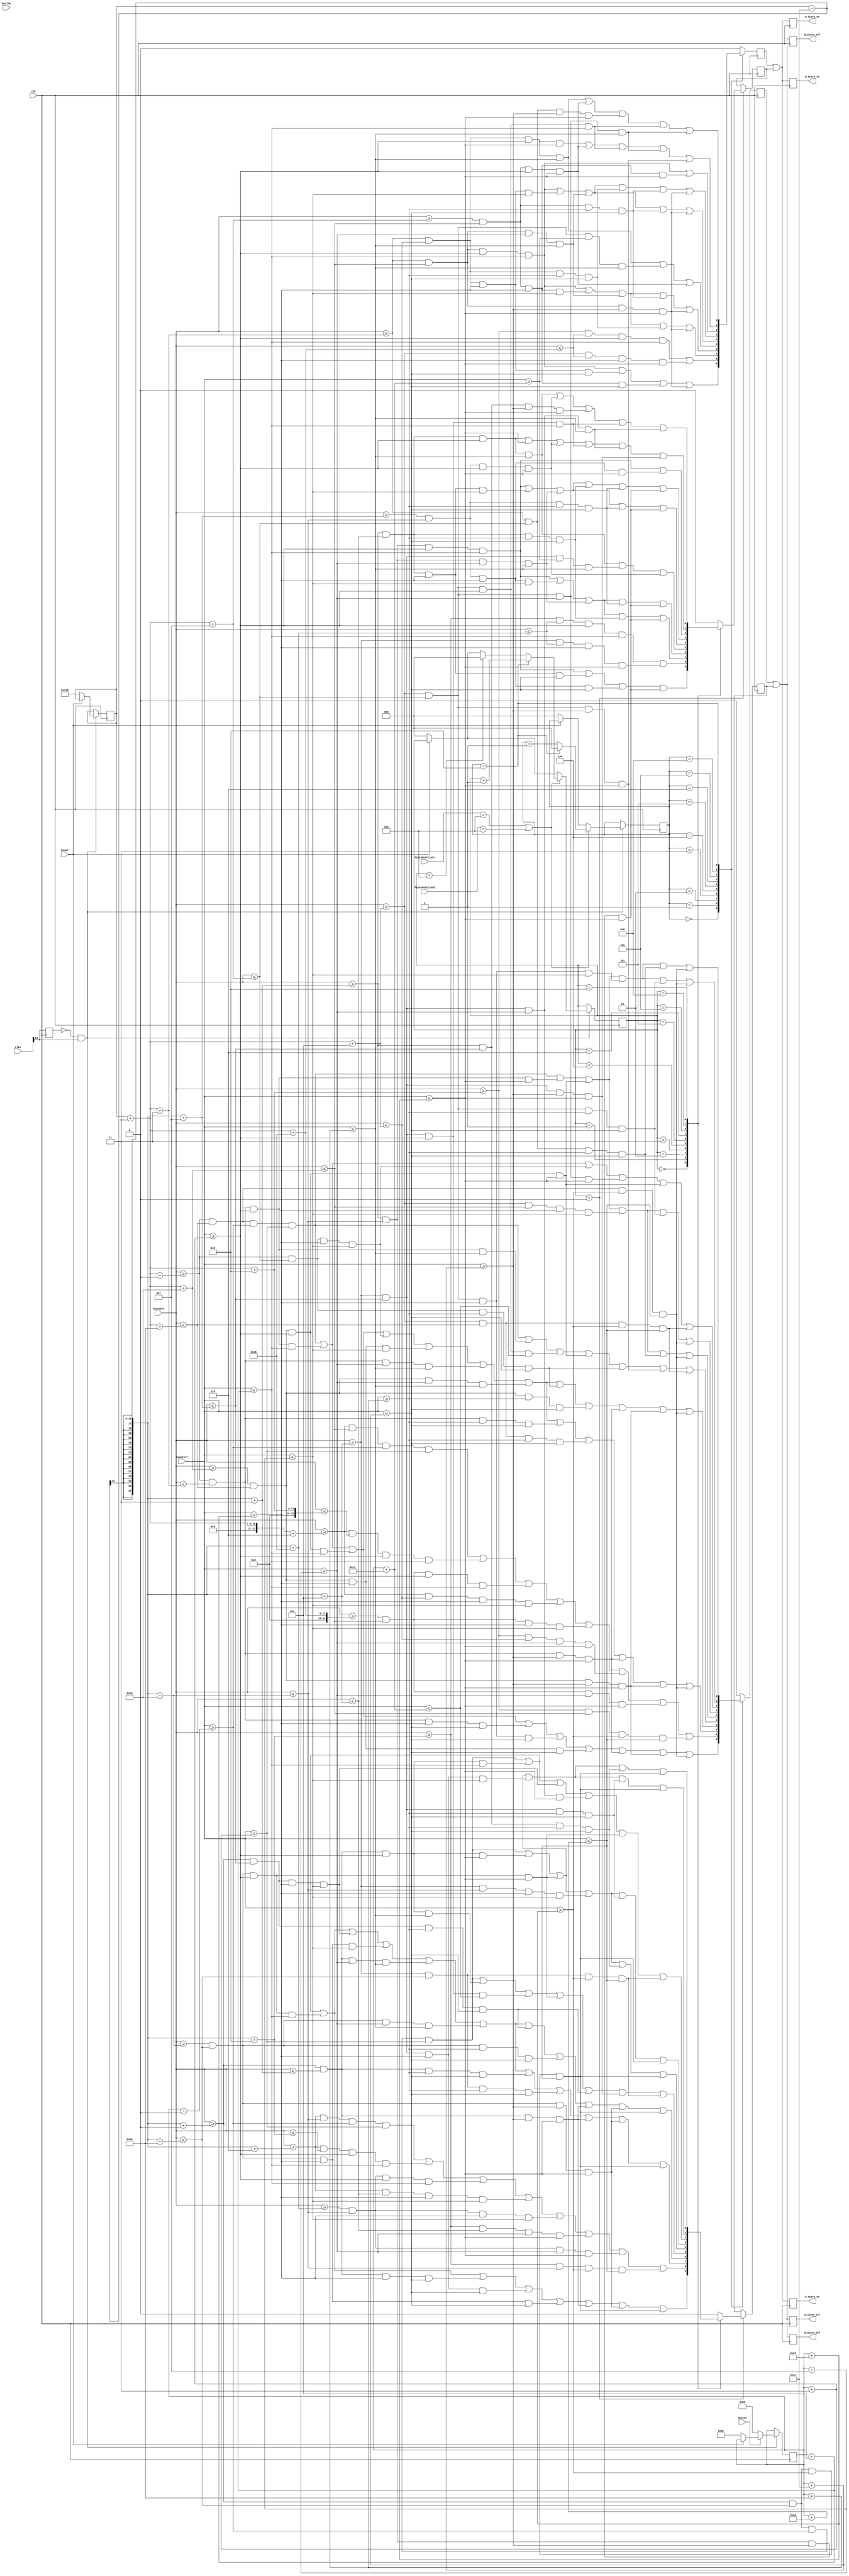

module DrawScore(
	input clk,
	input [24:0] Clks,
	input Reset,
	input [15:0] PipesPosition1,
	input [15:0] PipesPosition2,
	input [15:0] CounterX,
	input [15:0] CounterY,
	input Button,
	input Status,
	output reg R_Score_on,
	output reg G_Score_on,
	output reg B_Score_on,
	output reg R_Score_off,
	output reg G_Score_off,
	output reg B_Score_off
);
//////////////////////////////////////////////////////////////////////////////////
reg [15:0] ScorePositionX = 320;
reg [15:0] ScorePositionY = 50;

reg [3:0] Ten = 0;
reg [3:0] Unit = 0;

reg ZeroBlack,ZeroWhite,OneBlack,OneWhite,TwoBlack,TwoWhite,ThreeBlack,ThreeWhite,FourBlack,FourWhite,FiveBlack,FiveWhite,SixBlack,SixWhite,SevenBlack,SevenWhite,EightBlack,EightWhite,NineBlack,NineWhite;
reg ScoreWhiteUnit,ScoreBlackUnit,ScoreWhiteTen,ScoreBlackTen;


always @ (posedge clk) begin : score1
	reg old_clks16;
	old_clks16 <= Clks[16];

	if (~old_clks16 && Clks[16]) begin
		if (!Reset) begin
			ScorePositionX <= 320;
			ScorePositionY <= 50;
			Ten <= 0;
			Unit <= 0;
		end


		if (PipesPosition1 == 10 || PipesPosition2 == 10) begin
			if (Unit == 9) begin
				Ten <= Ten + 1'd1;
				Unit <= 0;
			end else if (Ten == 10) begin
				Ten <= 0; Unit <= Unit + 1'd1;
			end else Unit <= Unit + 1'd1;
		end

		if (Status == 0) ScorePositionY <= 185;
	end
end

always @ (posedge clk) begin

case (Unit)
0 : begin

ScoreBlackUnit <=
            (CounterX>=ScorePositionX+3+0*3) && (CounterX<=ScorePositionX+3+9*3) && (CounterY>=ScorePositionY+0*3) && (CounterY<=ScorePositionY+1*3)

||          (CounterX>=ScorePositionX+3+0*3) && (CounterX<=ScorePositionX+3+1*3) && (CounterY>=ScorePositionY+1*3) && (CounterY<=ScorePositionY+4*3)
||          (CounterX>=ScorePositionX+3+8*3) && (CounterX<=ScorePositionX+3+9*3) && (CounterY>=ScorePositionY+1*3) && (CounterY<=ScorePositionY+4*3)

||          (CounterX>=ScorePositionX+3+0*3) && (CounterX<=ScorePositionX+3+1*3) && (CounterY>=ScorePositionY+4*3) && (CounterY<=ScorePositionY+10*3)
||          (CounterX>=ScorePositionX+3+4*3) && (CounterX<=ScorePositionX+3+5*3) && (CounterY>=ScorePositionY+4*3) && (CounterY<=ScorePositionY+10*3)
||          (CounterX>=ScorePositionX+3+8*3) && (CounterX<=ScorePositionX+3+9*3) && (CounterY>=ScorePositionY+4*3) && (CounterY<=ScorePositionY+10*3)

||          (CounterX>=ScorePositionX+3+0*3) && (CounterX<=ScorePositionX+3+1*3) && (CounterY>=ScorePositionY+10*3) && (CounterY<=ScorePositionY+13*3)
||          (CounterX>=ScorePositionX+3+8*3) && (CounterX<=ScorePositionX+3+9*3) && (CounterY>=ScorePositionY+10*3) && (CounterY<=ScorePositionY+13*3)

||          (CounterX>=ScorePositionX+3+0*3) && (CounterX<=ScorePositionX+3+9*3) && (CounterY>=ScorePositionY+13*3) && (CounterY<=ScorePositionY+14*3);

ScoreWhiteUnit <=
       (CounterX>=ScorePositionX+3+1*3) && (CounterX<=ScorePositionX+3+8*3) && (CounterY>=ScorePositionY+1*3)  && (CounterY<=ScorePositionY+4*3)

||     (CounterX>=ScorePositionX+3+1*3) && (CounterX<=ScorePositionX+3+4*3) && (CounterY>=ScorePositionY+4*3)  && (CounterY<=ScorePositionY+10*3)
||     (CounterX>=ScorePositionX+3+(5*3)) && (CounterX<=ScorePositionX+3+(8*3)) && (CounterY>=ScorePositionY+(4*3))  && (CounterY<=ScorePositionY+(10*3))

||     (CounterX>=ScorePositionX+3+(1*3)) && (CounterX<=ScorePositionX+3+(8*3)) && (CounterY>=ScorePositionY+(10*3)) && (CounterY<=ScorePositionY+(13*3));

end
1 : begin

ScoreBlackUnit <= (CounterX>=ScorePositionX+3+2*3) && (CounterX<=ScorePositionX+3+8*3) && (CounterY>=ScorePositionY+0*3) && (CounterY<=ScorePositionY+1*3)

||          (CounterX>=ScorePositionX+3+2*3) && (CounterX<=ScorePositionX+3+3*3) && (CounterY>=ScorePositionY+1*3) && (CounterY<=ScorePositionY+4*3)
||          (CounterX>=ScorePositionX+3+7*3) && (CounterX<=ScorePositionX+3+8*3) && (CounterY>=ScorePositionY+1*3) && (CounterY<=ScorePositionY+4*3)

||          (CounterX>=ScorePositionX+3+2*3) && (CounterX<=ScorePositionX+3+4*3) && (CounterY>=ScorePositionY+4*3) && (CounterY<=ScorePositionY+5*3)
||          (CounterX>=ScorePositionX+3+7*3) && (CounterX<=ScorePositionX+3+8*3) && (CounterY>=ScorePositionY+4*3) && (CounterY<=ScorePositionY+5*3)

||          (CounterX>=ScorePositionX+3+3*3) && (CounterX<=ScorePositionX+3+4*3) && (CounterY>=ScorePositionY+5*3) && (CounterY<=ScorePositionY+13*3)
||          (CounterX>=ScorePositionX+3+7*3) && (CounterX<=ScorePositionX+3+8*3) && (CounterY>=ScorePositionY+5*3) && (CounterY<=ScorePositionY+13*3)

||	    (CounterX>=ScorePositionX+3+3*3) && (CounterX<=ScorePositionX+3+8*3) && (CounterY>=ScorePositionY+13*3) && (CounterY<=ScorePositionY+14*3);

ScoreWhiteUnit <=  (CounterX>=ScorePositionX+3+3*3) && (CounterX<=ScorePositionX+3+7*3) && (CounterY>=ScorePositionY+1*3) && (CounterY<=ScorePositionY+4*3)

||	    (CounterX>=ScorePositionX+3+4*3) && (CounterX<=ScorePositionX+3+7*3) && (CounterY>=ScorePositionY+4*3) && (CounterY<=ScorePositionY+13*3);

end
2 : begin
ScoreBlackUnit <= (CounterX>=ScorePositionX+3+0*3) && (CounterX<=ScorePositionX+3+9*3) && (CounterY>=ScorePositionY+0*3) && (CounterY<=ScorePositionY+1*3)

||          (CounterX>=ScorePositionX+3+0*3) && (CounterX<=ScorePositionX+3+1*3) && (CounterY>=ScorePositionY+1*3) && (CounterY<=ScorePositionY+4*3)
||          (CounterX>=ScorePositionX+3+8*3) && (CounterX<=ScorePositionX+3+9*3) && (CounterY>=ScorePositionY+1*3) && (CounterY<=ScorePositionY+4*3)

||          (CounterX>=ScorePositionX+3+0*3) && (CounterX<=ScorePositionX+3+5*3) && (CounterY>=ScorePositionY+4*3) && (CounterY<=ScorePositionY+5*3)
||          (CounterX>=ScorePositionX+3+8*3) && (CounterX<=ScorePositionX+3+9*3) && (CounterY>=ScorePositionY+4*3) && (CounterY<=ScorePositionY+5*3)

||          (CounterX>=ScorePositionX+3+0*3) && (CounterX<=ScorePositionX+3+1*3) && (CounterY>=ScorePositionY+5*3) && (CounterY<=ScorePositionY+9*3)
||          (CounterX>=ScorePositionX+3+8*3) && (CounterX<=ScorePositionX+3+9*3) && (CounterY>=ScorePositionY+5*3) && (CounterY<=ScorePositionY+9*3)

||          (CounterX>=ScorePositionX+3+0*3) && (CounterX<=ScorePositionX+3+1*3) && (CounterY>=ScorePositionY+9*3) && (CounterY<=ScorePositionY+10*3)
||          (CounterX>=ScorePositionX+3+4*3) && (CounterX<=ScorePositionX+3+9*3) && (CounterY>=ScorePositionY+9*3) && (CounterY<=ScorePositionY+10*3)

||          (CounterX>=ScorePositionX+3+0*3) && (CounterX<=ScorePositionX+3+1*3) && (CounterY>=ScorePositionY+10*3) && (CounterY<=ScorePositionY+13*3)
||          (CounterX>=ScorePositionX+3+8*3) && (CounterX<=ScorePositionX+3+9*3) && (CounterY>=ScorePositionY+10*3) && (CounterY<=ScorePositionY+13*3)

||	    (CounterX>=ScorePositionX+3+0*3) && (CounterX<=ScorePositionX+3+9*3) && (CounterY>=ScorePositionY+13*3) && (CounterY<=ScorePositionY+14*3);


ScoreWhiteUnit <= (CounterX>=ScorePositionX+3+1*3) && (CounterX<=ScorePositionX+3+8*3) && (CounterY>=ScorePositionY+1*3) && (CounterY<=ScorePositionY+4*3)

||          (CounterX>=ScorePositionX+3+5*3) && (CounterX<=ScorePositionX+3+8*3) && (CounterY>=ScorePositionY+4*3) && (CounterY<=ScorePositionY+5*3)

||          (CounterX>=ScorePositionX+3+1*3) && (CounterX<=ScorePositionX+3+8*3) && (CounterY>=ScorePositionY+5*3) && (CounterY<=ScorePositionY+9*3)

||          (CounterX>=ScorePositionX+3+1*3) && (CounterX<=ScorePositionX+3+4*3) && (CounterY>=ScorePositionY+9*3) && (CounterY<=ScorePositionY+10*3)

||          (CounterX>=ScorePositionX+3+1*3) && (CounterX<=ScorePositionX+3+8*3) && (CounterY>=ScorePositionY+10*3) && (CounterY<=ScorePositionY+13*3);
end
3 : begin
ScoreBlackUnit <= (CounterX>=ScorePositionX+3+0*3) && (CounterX<=ScorePositionX+3+9*3) && (CounterY>=ScorePositionY+0*3) && (CounterY<=ScorePositionY+1*3)

||          (CounterX>=ScorePositionX+3+0*3) && (CounterX<=ScorePositionX+3+1*3) && (CounterY>=ScorePositionY+1*3) && (CounterY<=ScorePositionY+4*3)
||          (CounterX>=ScorePositionX+3+8*3) && (CounterX<=ScorePositionX+3+9*3) && (CounterY>=ScorePositionY+1*3) && (CounterY<=ScorePositionY+4*3)

||          (CounterX>=ScorePositionX+3+0*3) && (CounterX<=ScorePositionX+3+5*3) && (CounterY>=ScorePositionY+4*3) && (CounterY<=ScorePositionY+5*3)
||          (CounterX>=ScorePositionX+3+8*3) && (CounterX<=ScorePositionX+3+9*3) && (CounterY>=ScorePositionY+4*3) && (CounterY<=ScorePositionY+5*3)

||          (CounterX>=ScorePositionX+3+0*3) && (CounterX<=ScorePositionX+3+1*3) && (CounterY>=ScorePositionY+5*3) && (CounterY<=ScorePositionY+9*3)
||          (CounterX>=ScorePositionX+3+8*3) && (CounterX<=ScorePositionX+3+9*3) && (CounterY>=ScorePositionY+5*3) && (CounterY<=ScorePositionY+9*3)

||          (CounterX>=ScorePositionX+3+0*3) && (CounterX<=ScorePositionX+3+5*3) && (CounterY>=ScorePositionY+9*3) && (CounterY<=ScorePositionY+10*3)
||          (CounterX>=ScorePositionX+3+8*3) && (CounterX<=ScorePositionX+3+9*3) && (CounterY>=ScorePositionY+9*3) && (CounterY<=ScorePositionY+10*3)

||          (CounterX>=ScorePositionX+3+0*3) && (CounterX<=ScorePositionX+3+1*3) && (CounterY>=ScorePositionY+10*3) && (CounterY<=ScorePositionY+13*3)
||          (CounterX>=ScorePositionX+3+8*3) && (CounterX<=ScorePositionX+3+9*3) && (CounterY>=ScorePositionY+10*3) && (CounterY<=ScorePositionY+13*3)

||	    (CounterX>=ScorePositionX+3+0*3) && (CounterX<=ScorePositionX+3+9*3) && (CounterY>=ScorePositionY+13*3) && (CounterY<=ScorePositionY+14*3);


ScoreWhiteUnit <= (CounterX>=ScorePositionX+3+1*3) && (CounterX<=ScorePositionX+3+8*3) && (CounterY>=ScorePositionY+1*3) && (CounterY<=ScorePositionY+4*3)

||          (CounterX>=ScorePositionX+3+5*3) && (CounterX<=ScorePositionX+3+8*3) && (CounterY>=ScorePositionY+4*3) && (CounterY<=ScorePositionY+5*3)

||          (CounterX>=ScorePositionX+3+1*3) && (CounterX<=ScorePositionX+3+8*3) && (CounterY>=ScorePositionY+5*3) && (CounterY<=ScorePositionY+9*3)

||          (CounterX>=ScorePositionX+3+5*3) && (CounterX<=ScorePositionX+3+8*3) && (CounterY>=ScorePositionY+9*3) && (CounterY<=ScorePositionY+10*3)

||          (CounterX>=ScorePositionX+3+1*3) && (CounterX<=ScorePositionX+3+8*3) && (CounterY>=ScorePositionY+10*3) && (CounterY<=ScorePositionY+13*3);

////////////////////////////////////
end
4 : begin
ScoreBlackUnit <= (CounterX>=ScorePositionX+3+0*3) && (CounterX<=ScorePositionX+3+9*3) && (CounterY>=ScorePositionY+0*3) && (CounterY<=ScorePositionY+1*3)

||          (CounterX>=ScorePositionX+3+0*3) && (CounterX<=ScorePositionX+3+1*3) && (CounterY>=ScorePositionY+1*3) && (CounterY<=ScorePositionY+9*3)
||          (CounterX>=ScorePositionX+3+4*3) && (CounterX<=ScorePositionX+3+5*3) && (CounterY>=ScorePositionY+1*3) && (CounterY<=ScorePositionY+6*3)
||          (CounterX>=ScorePositionX+3+8*3) && (CounterX<=ScorePositionX+3+9*3) && (CounterY>=ScorePositionY+1*3) && (CounterY<=ScorePositionY+13*3)

||          (CounterX>=ScorePositionX+3+0*3) && (CounterX<=ScorePositionX+3+5*3) && (CounterY>=ScorePositionY+9*3) && (CounterY<=ScorePositionY+10*3)

||          (CounterX>=ScorePositionX+3+4*3) && (CounterX<=ScorePositionX+3+5*3) && (CounterY>=ScorePositionY+10*3) && (CounterY<=ScorePositionY+13*3)

||	    (CounterX>=ScorePositionX+3+4*3) && (CounterX<=ScorePositionX+3+9*3) && (CounterY>=ScorePositionY+13*3) && (CounterY<=ScorePositionY+14*3);


ScoreWhiteUnit <= (CounterX>=ScorePositionX+3+1*3) && (CounterX<=ScorePositionX+3+4*3) && (CounterY>=ScorePositionY+1*3) && (CounterY<=ScorePositionY+9*3)

||          (CounterX>=ScorePositionX+3+4*3) && (CounterX<=ScorePositionX+3+5*3) && (CounterY>=ScorePositionY+6*3) && (CounterY<=ScorePositionY+9*3)

||          (CounterX>=ScorePositionX+3+5*3) && (CounterX<=ScorePositionX+3+8*3) && (CounterY>=ScorePositionY+1*3) && (CounterY<=ScorePositionY+13*3);

////////////////////////////////////////
end
5 : begin
ScoreBlackUnit <= (CounterX>=ScorePositionX+3+0*3) && (CounterX<=ScorePositionX+3+9*3) && (CounterY>=ScorePositionY+0*3) && (CounterY<=ScorePositionY+1*3)
||          (CounterX>=ScorePositionX+3+0*3) && (CounterX<=ScorePositionX+3+1*3) && (CounterY>=ScorePositionY+1*3) && (CounterY<=ScorePositionY+13*3)
||          (CounterX>=ScorePositionX+3+8*3) && (CounterX<=ScorePositionX+3+9*3) && (CounterY>=ScorePositionY+1*3) && (CounterY<=ScorePositionY+13*3)
||          (CounterX>=ScorePositionX+3+4*3) && (CounterX<=ScorePositionX+3+8*3) && (CounterY>=ScorePositionY+4*3) && (CounterY<=ScorePositionY+5*3)
||          (CounterX>=ScorePositionX+3+1*3) && (CounterX<=ScorePositionX+3+5*3) && (CounterY>=ScorePositionY+9*3) && (CounterY<=ScorePositionY+10*3)
||	    (CounterX>=ScorePositionX+3+0*3) && (CounterX<=ScorePositionX+3+9*3) && (CounterY>=ScorePositionY+13*3) && (CounterY<=ScorePositionY+14*3);
ScoreWhiteUnit <= (CounterX>=ScorePositionX+3+1*3) && (CounterX<=ScorePositionX+3+8*3) && (CounterY>=ScorePositionY+1*3) && (CounterY<=ScorePositionY+4*3)
||          (CounterX>=ScorePositionX+3+1*3) && (CounterX<=ScorePositionX+3+4*3) && (CounterY>=ScorePositionY+4*3) && (CounterY<=ScorePositionY+5*3)
||          (CounterX>=ScorePositionX+3+1*3) && (CounterX<=ScorePositionX+3+8*3) && (CounterY>=ScorePositionY+5*3) && (CounterY<=ScorePositionY+9*3)
||          (CounterX>=ScorePositionX+3+5*3) && (CounterX<=ScorePositionX+3+8*3) && (CounterY>=ScorePositionY+9*3) && (CounterY<=ScorePositionY+10*3)
||          (CounterX>=ScorePositionX+3+1*3) && (CounterX<=ScorePositionX+3+8*3) && (CounterY>=ScorePositionY+10*3) && (CounterY<=ScorePositionY+13*3);
end
6 : begin
ScoreBlackUnit <= (CounterX>=ScorePositionX+3+0*3) && (CounterX<=ScorePositionX+3+9*3) && (CounterY>=ScorePositionY+0*3) && (CounterY<=ScorePositionY+1*3)
||          (CounterX>=ScorePositionX+3+0*3) && (CounterX<=ScorePositionX+3+1*3) && (CounterY>=ScorePositionY+1*3) && (CounterY<=ScorePositionY+13*3)
||          (CounterX>=ScorePositionX+3+8*3) && (CounterX<=ScorePositionX+3+9*3) && (CounterY>=ScorePositionY+1*3) && (CounterY<=ScorePositionY+13*3)
||          (CounterX>=ScorePositionX+3+4*3) && (CounterX<=ScorePositionX+3+8*3) && (CounterY>=ScorePositionY+4*3) && (CounterY<=ScorePositionY+5*3)
||          (CounterX>=ScorePositionX+3+4*3) && (CounterX<=ScorePositionX+3+5*3) && (CounterY>=ScorePositionY+9*3) && (CounterY<=ScorePositionY+10*3)
||	    (CounterX>=ScorePositionX+3+0*3) && (CounterX<=ScorePositionX+3+9*3) && (CounterY>=ScorePositionY+13*3) && (CounterY<=ScorePositionY+14*3);
ScoreWhiteUnit <= (CounterX>=ScorePositionX+3+1*3) && (CounterX<=ScorePositionX+3+8*3) && (CounterY>=ScorePositionY+1*3) && (CounterY<=ScorePositionY+4*3)
||          (CounterX>=ScorePositionX+3+1*3) && (CounterX<=ScorePositionX+3+4*3) && (CounterY>=ScorePositionY+4*3) && (CounterY<=ScorePositionY+5*3)
||          (CounterX>=ScorePositionX+3+1*3) && (CounterX<=ScorePositionX+3+8*3) && (CounterY>=ScorePositionY+5*3) && (CounterY<=ScorePositionY+9*3)
||          (CounterX>=ScorePositionX+3+1*3) && (CounterX<=ScorePositionX+3+4*3) && (CounterY>=ScorePositionY+9*3) && (CounterY<=ScorePositionY+10*3)
||          (CounterX>=ScorePositionX+3+5*3) && (CounterX<=ScorePositionX+3+8*3) && (CounterY>=ScorePositionY+9*3) && (CounterY<=ScorePositionY+10*3)
||          (CounterX>=ScorePositionX+3+1*3) && (CounterX<=ScorePositionX+3+8*3) && (CounterY>=ScorePositionY+10*3) && (CounterY<=ScorePositionY+13*3);
end
7 : begin
ScoreBlackUnit <= (CounterX>=ScorePositionX+3+0*3) && (CounterX<=ScorePositionX+3+9*3) && (CounterY>=ScorePositionY+0*3) && (CounterY<=ScorePositionY+1*3)
||          (CounterX>=ScorePositionX+3+0*3) && (CounterX<=ScorePositionX+3+1*3) && (CounterY>=ScorePositionY+1*3) && (CounterY<=ScorePositionY+4*3)
||          (CounterX>=ScorePositionX+3+0*3) && (CounterX<=ScorePositionX+3+5*3) && (CounterY>=ScorePositionY+4*3) && (CounterY<=ScorePositionY+5*3)
||          (CounterX>=ScorePositionX+3+4*3) && (CounterX<=ScorePositionX+3+5*3) && (CounterY>=ScorePositionY+5*3) && (CounterY<=ScorePositionY+13*3)
||          (CounterX>=ScorePositionX+3+8*3) && (CounterX<=ScorePositionX+3+9*3) && (CounterY>=ScorePositionY+1*3) && (CounterY<=ScorePositionY+13*3)
||	    (CounterX>=ScorePositionX+3+4*3) && (CounterX<=ScorePositionX+3+9*3) && (CounterY>=ScorePositionY+13*3) && (CounterY<=ScorePositionY+14*3);
ScoreWhiteUnit <= (CounterX>=ScorePositionX+3+1*3) && (CounterX<=ScorePositionX+3+8*3) && (CounterY>=ScorePositionY+1*3) && (CounterY<=ScorePositionY+4*3)
||          (CounterX>=ScorePositionX+3+5*3) && (CounterX<=ScorePositionX+3+8*3) && (CounterY>=ScorePositionY+4*3) && (CounterY<=ScorePositionY+13*3);
end
8 : begin
ScoreBlackUnit <= (CounterX>=ScorePositionX+3+0*3) && (CounterX<=ScorePositionX+3+9*3) && (CounterY>=ScorePositionY+0*3) && (CounterY<=ScorePositionY+1*3)
||          (CounterX>=ScorePositionX+3+0*3) && (CounterX<=ScorePositionX+3+1*3) && (CounterY>=ScorePositionY+1*3) && (CounterY<=ScorePositionY+13*3)
||          (CounterX>=ScorePositionX+3+8*3) && (CounterX<=ScorePositionX+3+9*3) && (CounterY>=ScorePositionY+1*3) && (CounterY<=ScorePositionY+13*3)
||          (CounterX>=ScorePositionX+3+4*3) && (CounterX<=ScorePositionX+3+5*3) && (CounterY>=ScorePositionY+4*3) && (CounterY<=ScorePositionY+5*3)
||          (CounterX>=ScorePositionX+3+4*3) && (CounterX<=ScorePositionX+3+5*3) && (CounterY>=ScorePositionY+9*3) && (CounterY<=ScorePositionY+10*3)
||	    (CounterX>=ScorePositionX+3+0*3) && (CounterX<=ScorePositionX+3+9*3) && (CounterY>=ScorePositionY+13*3) && (CounterY<=ScorePositionY+14*3);
ScoreWhiteUnit <= (CounterX>=ScorePositionX+3+1*3) && (CounterX<=ScorePositionX+3+4*3) && (CounterY>=ScorePositionY+1*3) && (CounterY<=ScorePositionY+13*3)
||          (CounterX>=ScorePositionX+3+5*3) && (CounterX<=ScorePositionX+3+8*3) && (CounterY>=ScorePositionY+1*3) && (CounterY<=ScorePositionY+13*3)
||          (CounterX>=ScorePositionX+3+4*3) && (CounterX<=ScorePositionX+3+5*3) && (CounterY>=ScorePositionY+1*3) && (CounterY<=ScorePositionY+4*3)
||          (CounterX>=ScorePositionX+3+4*3) && (CounterX<=ScorePositionX+3+5*3) && (CounterY>=ScorePositionY+5*3) && (CounterY<=ScorePositionY+9*3)
||          (CounterX>=ScorePositionX+3+4*3) && (CounterX<=ScorePositionX+3+5*3) && (CounterY>=ScorePositionY+10*3) && (CounterY<=ScorePositionY+13*3);
end
9 : begin
ScoreBlackUnit <= (CounterX>=ScorePositionX+3+0*3) && (CounterX<=ScorePositionX+3+9*3) && (CounterY>=ScorePositionY+0*3) && (CounterY<=ScorePositionY+1*3)
||          (CounterX>=ScorePositionX+3+0*3) && (CounterX<=ScorePositionX+3+1*3) && (CounterY>=ScorePositionY+1*3) && (CounterY<=ScorePositionY+13*3)
||          (CounterX>=ScorePositionX+3+8*3) && (CounterX<=ScorePositionX+3+9*3) && (CounterY>=ScorePositionY+1*3) && (CounterY<=ScorePositionY+13*3)
||          (CounterX>=ScorePositionX+3+4*3) && (CounterX<=ScorePositionX+3+5*3) && (CounterY>=ScorePositionY+4*3) && (CounterY<=ScorePositionY+5*3)
||          (CounterX>=ScorePositionX+3+1*3) && (CounterX<=ScorePositionX+3+5*3) && (CounterY>=ScorePositionY+9*3) && (CounterY<=ScorePositionY+10*3)
||	    (CounterX>=ScorePositionX+3+0*3) && (CounterX<=ScorePositionX+3+9*3) && (CounterY>=ScorePositionY+13*3) && (CounterY<=ScorePositionY+14*3);
ScoreWhiteUnit <= (CounterX>=ScorePositionX+3+1*3) && (CounterX<=ScorePositionX+3+4*3) && (CounterY>=ScorePositionY+1*3) && (CounterY<=ScorePositionY+9*3)
||          (CounterX>=ScorePositionX+3+5*3) && (CounterX<=ScorePositionX+3+8*3) && (CounterY>=ScorePositionY+1*3) && (CounterY<=ScorePositionY+13*3)
||          (CounterX>=ScorePositionX+3+1*3) && (CounterX<=ScorePositionX+3+5*3) && (CounterY>=ScorePositionY+10*3) && (CounterY<=ScorePositionY+13*3)
||          (CounterX>=ScorePositionX+3+4*3) && (CounterX<=ScorePositionX+3+5*3) && (CounterY>=ScorePositionY+1*3) && (CounterY<=ScorePositionY+4*3)
||          (CounterX>=ScorePositionX+3+4*3) && (CounterX<=ScorePositionX+3+5*3) && (CounterY>=ScorePositionY+5*3) && (CounterY<=ScorePositionY+9*3);
end

default: begin
	ScoreBlackUnit <= 0;
	ScoreWhiteUnit <= 0;
end
endcase

/////////////////////////////////////////////////////////////////////////////////////////////////////////////////////////////////////////////////////////////////////////////////////
if (Ten > 0)
case (Ten)
0 : begin

ScoreBlackTen <= (CounterX>=ScorePositionX-30+0*3) && (CounterX<=ScorePositionX-30+9*3) && (CounterY>=ScorePositionY+0*3) && (CounterY<=ScorePositionY+1*3)

||          (CounterX>=ScorePositionX-30+0*3) && (CounterX<=ScorePositionX-30+1*3) && (CounterY>=ScorePositionY+1*3) && (CounterY<=ScorePositionY+4*3)
||          (CounterX>=ScorePositionX-30+8*3) && (CounterX<=ScorePositionX-30+9*3) && (CounterY>=ScorePositionY+1*3) && (CounterY<=ScorePositionY+4*3)

||          (CounterX>=ScorePositionX-30+0*3) && (CounterX<=ScorePositionX-30+1*3) && (CounterY>=ScorePositionY+4*3) && (CounterY<=ScorePositionY+10*3)
||          (CounterX>=ScorePositionX-30+4*3) && (CounterX<=ScorePositionX-30+5*3) && (CounterY>=ScorePositionY+4*3) && (CounterY<=ScorePositionY+10*3)
||          (CounterX>=ScorePositionX-30+8*3) && (CounterX<=ScorePositionX-30+9*3) && (CounterY>=ScorePositionY+4*3) && (CounterY<=ScorePositionY+10*3)

||          (CounterX>=ScorePositionX-30+0*3) && (CounterX<=ScorePositionX-30+1*3) && (CounterY>=ScorePositionY+10*3) && (CounterY<=ScorePositionY+13*3)
||          (CounterX>=ScorePositionX-30+8*3) && (CounterX<=ScorePositionX-30+9*3) && (CounterY>=ScorePositionY+10*3) && (CounterY<=ScorePositionY+13*3)

||	    (CounterX>=ScorePositionX-30+0*3) && (CounterX<=ScorePositionX-30+9*3) && (CounterY>=ScorePositionY+13*3) && (CounterY<=ScorePositionY+14*3);

ScoreWhiteTen <=  (CounterX>=ScorePositionX-30+1*3) && (CounterX<=ScorePositionX-30+8*3) && (CounterY>=ScorePositionY+1*3) && (CounterY<=ScorePositionY+4*3)

||	    (CounterX>=ScorePositionX-30+1*3) && (CounterX<=ScorePositionX-30+4*3) && (CounterY>=ScorePositionY+4*3) && (CounterY<=ScorePositionY+10*3)
||	    (CounterX>=ScorePositionX-30+5*3) && (CounterX<=ScorePositionX-30+8*3) && (CounterY>=ScorePositionY+4*3) && (CounterY<=ScorePositionY+10*3)

||	    (CounterX>=ScorePositionX-30+1*3) && (CounterX<=ScorePositionX-30+8*3) && (CounterY>=ScorePositionY+10*3) && (CounterY<=ScorePositionY+13*3);

end
1 : begin

ScoreBlackTen <= (CounterX>=ScorePositionX-30+2*3) && (CounterX<=ScorePositionX-30+8*3) && (CounterY>=ScorePositionY+0*3) && (CounterY<=ScorePositionY+1*3)

||          (CounterX>=ScorePositionX-30+2*3) && (CounterX<=ScorePositionX-30+3*3) && (CounterY>=ScorePositionY+1*3) && (CounterY<=ScorePositionY+4*3)
||          (CounterX>=ScorePositionX-30+7*3) && (CounterX<=ScorePositionX-30+8*3) && (CounterY>=ScorePositionY+1*3) && (CounterY<=ScorePositionY+4*3)

||          (CounterX>=ScorePositionX-30+2*3) && (CounterX<=ScorePositionX-30+4*3) && (CounterY>=ScorePositionY+4*3) && (CounterY<=ScorePositionY+5*3)
||          (CounterX>=ScorePositionX-30+7*3) && (CounterX<=ScorePositionX-30+8*3) && (CounterY>=ScorePositionY+4*3) && (CounterY<=ScorePositionY+5*3)

||          (CounterX>=ScorePositionX-30+3*3) && (CounterX<=ScorePositionX-30+4*3) && (CounterY>=ScorePositionY+5*3) && (CounterY<=ScorePositionY+13*3)
||          (CounterX>=ScorePositionX-30+7*3) && (CounterX<=ScorePositionX-30+8*3) && (CounterY>=ScorePositionY+5*3) && (CounterY<=ScorePositionY+13*3)

||	    (CounterX>=ScorePositionX-30+3*3) && (CounterX<=ScorePositionX-30+8*3) && (CounterY>=ScorePositionY+13*3) && (CounterY<=ScorePositionY+14*3);

ScoreWhiteTen <=  (CounterX>=ScorePositionX-30+3*3) && (CounterX<=ScorePositionX-30+7*3) && (CounterY>=ScorePositionY+1*3) && (CounterY<=ScorePositionY+4*3)

||	    (CounterX>=ScorePositionX-30+4*3) && (CounterX<=ScorePositionX-30+7*3) && (CounterY>=ScorePositionY+4*3) && (CounterY<=ScorePositionY+13*3);

end
2 : begin
ScoreBlackTen <= (CounterX>=ScorePositionX-30+0*3) && (CounterX<=ScorePositionX-30+9*3) && (CounterY>=ScorePositionY+0*3) && (CounterY<=ScorePositionY+1*3)

||          (CounterX>=ScorePositionX-30+0*3) && (CounterX<=ScorePositionX-30+1*3) && (CounterY>=ScorePositionY+1*3) && (CounterY<=ScorePositionY+4*3)
||          (CounterX>=ScorePositionX-30+8*3) && (CounterX<=ScorePositionX-30+9*3) && (CounterY>=ScorePositionY+1*3) && (CounterY<=ScorePositionY+4*3)

||          (CounterX>=ScorePositionX-30+0*3) && (CounterX<=ScorePositionX-30+5*3) && (CounterY>=ScorePositionY+4*3) && (CounterY<=ScorePositionY+5*3)
||          (CounterX>=ScorePositionX-30+8*3) && (CounterX<=ScorePositionX-30+9*3) && (CounterY>=ScorePositionY+4*3) && (CounterY<=ScorePositionY+5*3)

||          (CounterX>=ScorePositionX-30+0*3) && (CounterX<=ScorePositionX-30+1*3) && (CounterY>=ScorePositionY+5*3) && (CounterY<=ScorePositionY+9*3)
||          (CounterX>=ScorePositionX-30+8*3) && (CounterX<=ScorePositionX-30+9*3) && (CounterY>=ScorePositionY+5*3) && (CounterY<=ScorePositionY+9*3)

||          (CounterX>=ScorePositionX-30+0*3) && (CounterX<=ScorePositionX-30+1*3) && (CounterY>=ScorePositionY+9*3) && (CounterY<=ScorePositionY+10*3)
||          (CounterX>=ScorePositionX-30+4*3) && (CounterX<=ScorePositionX-30+9*3) && (CounterY>=ScorePositionY+9*3) && (CounterY<=ScorePositionY+10*3)

||          (CounterX>=ScorePositionX-30+0*3) && (CounterX<=ScorePositionX-30+1*3) && (CounterY>=ScorePositionY+10*3) && (CounterY<=ScorePositionY+13*3)
||          (CounterX>=ScorePositionX-30+8*3) && (CounterX<=ScorePositionX-30+9*3) && (CounterY>=ScorePositionY+10*3) && (CounterY<=ScorePositionY+13*3)

||	    (CounterX>=ScorePositionX-30+0*3) && (CounterX<=ScorePositionX-30+9*3) && (CounterY>=ScorePositionY+13*3) && (CounterY<=ScorePositionY+14*3);


ScoreWhiteTen <= (CounterX>=ScorePositionX-30+1*3) && (CounterX<=ScorePositionX-30+8*3) && (CounterY>=ScorePositionY+1*3) && (CounterY<=ScorePositionY+4*3)

||          (CounterX>=ScorePositionX-30+5*3) && (CounterX<=ScorePositionX-30+8*3) && (CounterY>=ScorePositionY+4*3) && (CounterY<=ScorePositionY+5*3)

||          (CounterX>=ScorePositionX-30+1*3) && (CounterX<=ScorePositionX-30+8*3) && (CounterY>=ScorePositionY+5*3) && (CounterY<=ScorePositionY+9*3)

||          (CounterX>=ScorePositionX-30+1*3) && (CounterX<=ScorePositionX-30+4*3) && (CounterY>=ScorePositionY+9*3) && (CounterY<=ScorePositionY+10*3)

||          (CounterX>=ScorePositionX-30+1*3) && (CounterX<=ScorePositionX-30+8*3) && (CounterY>=ScorePositionY+10*3) && (CounterY<=ScorePositionY+13*3);
end
3 : begin
ScoreBlackTen <= (CounterX>=ScorePositionX-30+0*3) && (CounterX<=ScorePositionX-30+9*3) && (CounterY>=ScorePositionY+0*3) && (CounterY<=ScorePositionY+1*3)

||          (CounterX>=ScorePositionX-30+0*3) && (CounterX<=ScorePositionX-30+1*3) && (CounterY>=ScorePositionY+1*3) && (CounterY<=ScorePositionY+4*3)
||          (CounterX>=ScorePositionX-30+8*3) && (CounterX<=ScorePositionX-30+9*3) && (CounterY>=ScorePositionY+1*3) && (CounterY<=ScorePositionY+4*3)

||          (CounterX>=ScorePositionX-30+0*3) && (CounterX<=ScorePositionX-30+5*3) && (CounterY>=ScorePositionY+4*3) && (CounterY<=ScorePositionY+5*3)
||          (CounterX>=ScorePositionX-30+8*3) && (CounterX<=ScorePositionX-30+9*3) && (CounterY>=ScorePositionY+4*3) && (CounterY<=ScorePositionY+5*3)

||          (CounterX>=ScorePositionX-30+0*3) && (CounterX<=ScorePositionX-30+1*3) && (CounterY>=ScorePositionY+5*3) && (CounterY<=ScorePositionY+9*3)
||          (CounterX>=ScorePositionX-30+8*3) && (CounterX<=ScorePositionX-30+9*3) && (CounterY>=ScorePositionY+5*3) && (CounterY<=ScorePositionY+9*3)

||          (CounterX>=ScorePositionX-30+0*3) && (CounterX<=ScorePositionX-30+5*3) && (CounterY>=ScorePositionY+9*3) && (CounterY<=ScorePositionY+10*3)
||          (CounterX>=ScorePositionX-30+8*3) && (CounterX<=ScorePositionX-30+9*3) && (CounterY>=ScorePositionY+9*3) && (CounterY<=ScorePositionY+10*3)

||          (CounterX>=ScorePositionX-30+0*3) && (CounterX<=ScorePositionX-30+1*3) && (CounterY>=ScorePositionY+10*3) && (CounterY<=ScorePositionY+13*3)
||          (CounterX>=ScorePositionX-30+8*3) && (CounterX<=ScorePositionX-30+9*3) && (CounterY>=ScorePositionY+10*3) && (CounterY<=ScorePositionY+13*3)

||	    (CounterX>=ScorePositionX-30+0*3) && (CounterX<=ScorePositionX-30+9*3) && (CounterY>=ScorePositionY+13*3) && (CounterY<=ScorePositionY+14*3);


ScoreWhiteTen <= (CounterX>=ScorePositionX-30+1*3) && (CounterX<=ScorePositionX-30+8*3) && (CounterY>=ScorePositionY+1*3) && (CounterY<=ScorePositionY+4*3)

||          (CounterX>=ScorePositionX-30+5*3) && (CounterX<=ScorePositionX-30+8*3) && (CounterY>=ScorePositionY+4*3) && (CounterY<=ScorePositionY+5*3)

||          (CounterX>=ScorePositionX-30+1*3) && (CounterX<=ScorePositionX-30+8*3) && (CounterY>=ScorePositionY+5*3) && (CounterY<=ScorePositionY+9*3)

||          (CounterX>=ScorePositionX-30+5*3) && (CounterX<=ScorePositionX-30+8*3) && (CounterY>=ScorePositionY+9*3) && (CounterY<=ScorePositionY+10*3)

||          (CounterX>=ScorePositionX-30+1*3) && (CounterX<=ScorePositionX-30+8*3) && (CounterY>=ScorePositionY+10*3) && (CounterY<=ScorePositionY+13*3);

////////////////////////////////////
end
4 : begin
ScoreBlackTen <= (CounterX>=ScorePositionX-30+0*3) && (CounterX<=ScorePositionX-30+9*3) && (CounterY>=ScorePositionY+0*3) && (CounterY<=ScorePositionY+1*3)

||          (CounterX>=ScorePositionX-30+0*3) && (CounterX<=ScorePositionX-30+1*3) && (CounterY>=ScorePositionY+1*3) && (CounterY<=ScorePositionY+9*3)
||          (CounterX>=ScorePositionX-30+4*3) && (CounterX<=ScorePositionX-30+5*3) && (CounterY>=ScorePositionY+1*3) && (CounterY<=ScorePositionY+6*3)
||          (CounterX>=ScorePositionX-30+8*3) && (CounterX<=ScorePositionX-30+9*3) && (CounterY>=ScorePositionY+1*3) && (CounterY<=ScorePositionY+13*3)

||          (CounterX>=ScorePositionX-30+0*3) && (CounterX<=ScorePositionX-30+5*3) && (CounterY>=ScorePositionY+9*3) && (CounterY<=ScorePositionY+10*3)

||          (CounterX>=ScorePositionX-30+4*3) && (CounterX<=ScorePositionX-30+5*3) && (CounterY>=ScorePositionY+10*3) && (CounterY<=ScorePositionY+13*3)

||	    (CounterX>=ScorePositionX-30+4*3) && (CounterX<=ScorePositionX-30+9*3) && (CounterY>=ScorePositionY+13*3) && (CounterY<=ScorePositionY+14*3);


ScoreWhiteTen <= (CounterX>=ScorePositionX-30+1*3) && (CounterX<=ScorePositionX-30+4*3) && (CounterY>=ScorePositionY+1*3) && (CounterY<=ScorePositionY+9*3)

||          (CounterX>=ScorePositionX-30+4*3) && (CounterX<=ScorePositionX-30+5*3) && (CounterY>=ScorePositionY+6*3) && (CounterY<=ScorePositionY+9*3)

||          (CounterX>=ScorePositionX-30+5*3) && (CounterX<=ScorePositionX-30+8*3) && (CounterY>=ScorePositionY+1*3) && (CounterY<=ScorePositionY+13*3);

////////////////////////////////////////
end
5 : begin
ScoreBlackTen <= (CounterX>=ScorePositionX-30+0*3) && (CounterX<=ScorePositionX-30+9*3) && (CounterY>=ScorePositionY+0*3) && (CounterY<=ScorePositionY+1*3)
||          (CounterX>=ScorePositionX-30+0*3) && (CounterX<=ScorePositionX-30+1*3) && (CounterY>=ScorePositionY+1*3) && (CounterY<=ScorePositionY+13*3)
||          (CounterX>=ScorePositionX-30+8*3) && (CounterX<=ScorePositionX-30+9*3) && (CounterY>=ScorePositionY+1*3) && (CounterY<=ScorePositionY+13*3)
||          (CounterX>=ScorePositionX-30+4*3) && (CounterX<=ScorePositionX-30+8*3) && (CounterY>=ScorePositionY+4*3) && (CounterY<=ScorePositionY+5*3)
||          (CounterX>=ScorePositionX-30+1*3) && (CounterX<=ScorePositionX-30+5*3) && (CounterY>=ScorePositionY+9*3) && (CounterY<=ScorePositionY+10*3)
||	    (CounterX>=ScorePositionX-30+0*3) && (CounterX<=ScorePositionX-30+9*3) && (CounterY>=ScorePositionY+13*3) && (CounterY<=ScorePositionY+14*3);
ScoreWhiteTen <= (CounterX>=ScorePositionX-30+1*3) && (CounterX<=ScorePositionX-30+8*3) && (CounterY>=ScorePositionY+1*3) && (CounterY<=ScorePositionY+4*3)
||          (CounterX>=ScorePositionX-30+1*3) && (CounterX<=ScorePositionX-30+4*3) && (CounterY>=ScorePositionY+4*3) && (CounterY<=ScorePositionY+5*3)
||          (CounterX>=ScorePositionX-30+1*3) && (CounterX<=ScorePositionX-30+8*3) && (CounterY>=ScorePositionY+5*3) && (CounterY<=ScorePositionY+9*3)
||          (CounterX>=ScorePositionX-30+5*3) && (CounterX<=ScorePositionX-30+8*3) && (CounterY>=ScorePositionY+9*3) && (CounterY<=ScorePositionY+10*3)
||          (CounterX>=ScorePositionX-30+1*3) && (CounterX<=ScorePositionX-30+8*3) && (CounterY>=ScorePositionY+10*3) && (CounterY<=ScorePositionY+13*3);
end
6 : begin
ScoreBlackTen <= (CounterX>=ScorePositionX-30+0*3) && (CounterX<=ScorePositionX-30+9*3) && (CounterY>=ScorePositionY+0*3) && (CounterY<=ScorePositionY+1*3)
||          (CounterX>=ScorePositionX-30+0*3) && (CounterX<=ScorePositionX-30+1*3) && (CounterY>=ScorePositionY+1*3) && (CounterY<=ScorePositionY+13*3)
||          (CounterX>=ScorePositionX-30+8*3) && (CounterX<=ScorePositionX-30+9*3) && (CounterY>=ScorePositionY+1*3) && (CounterY<=ScorePositionY+13*3)
||          (CounterX>=ScorePositionX-30+4*3) && (CounterX<=ScorePositionX-30+8*3) && (CounterY>=ScorePositionY+4*3) && (CounterY<=ScorePositionY+5*3)
||          (CounterX>=ScorePositionX-30+4*3) && (CounterX<=ScorePositionX-30+5*3) && (CounterY>=ScorePositionY+9*3) && (CounterY<=ScorePositionY+10*3)
||	    (CounterX>=ScorePositionX-30+0*3) && (CounterX<=ScorePositionX-30+9*3) && (CounterY>=ScorePositionY+13*3) && (CounterY<=ScorePositionY+14*3);
ScoreWhiteTen <= (CounterX>=ScorePositionX-30+1*3) && (CounterX<=ScorePositionX-30+8*3) && (CounterY>=ScorePositionY+1*3) && (CounterY<=ScorePositionY+4*3)
||          (CounterX>=ScorePositionX-30+1*3) && (CounterX<=ScorePositionX-30+4*3) && (CounterY>=ScorePositionY+4*3) && (CounterY<=ScorePositionY+5*3)
||          (CounterX>=ScorePositionX-30+1*3) && (CounterX<=ScorePositionX-30+8*3) && (CounterY>=ScorePositionY+5*3) && (CounterY<=ScorePositionY+9*3)
||          (CounterX>=ScorePositionX-30+1*3) && (CounterX<=ScorePositionX-30+4*3) && (CounterY>=ScorePositionY+9*3) && (CounterY<=ScorePositionY+10*3)
||          (CounterX>=ScorePositionX-30+5*3) && (CounterX<=ScorePositionX-30+8*3) && (CounterY>=ScorePositionY+9*3) && (CounterY<=ScorePositionY+10*3)
||          (CounterX>=ScorePositionX-30+1*3) && (CounterX<=ScorePositionX-30+8*3) && (CounterY>=ScorePositionY+10*3) && (CounterY<=ScorePositionY+13*3);
end
7 : begin
ScoreBlackTen <= (CounterX>=ScorePositionX-30+0*3) && (CounterX<=ScorePositionX-30+9*3) && (CounterY>=ScorePositionY+0*3) && (CounterY<=ScorePositionY+1*3)
||          (CounterX>=ScorePositionX-30+0*3) && (CounterX<=ScorePositionX-30+1*3) && (CounterY>=ScorePositionY+1*3) && (CounterY<=ScorePositionY+4*3)
||          (CounterX>=ScorePositionX-30+0*3) && (CounterX<=ScorePositionX-30+5*3) && (CounterY>=ScorePositionY+4*3) && (CounterY<=ScorePositionY+5*3)
||          (CounterX>=ScorePositionX-30+4*3) && (CounterX<=ScorePositionX-30+5*3) && (CounterY>=ScorePositionY+5*3) && (CounterY<=ScorePositionY+13*3)
||          (CounterX>=ScorePositionX-30+8*3) && (CounterX<=ScorePositionX-30+9*3) && (CounterY>=ScorePositionY+1*3) && (CounterY<=ScorePositionY+13*3)
||	    (CounterX>=ScorePositionX-30+4*3) && (CounterX<=ScorePositionX-30+9*3) && (CounterY>=ScorePositionY+13*3) && (CounterY<=ScorePositionY+14*3);
ScoreWhiteTen <= (CounterX>=ScorePositionX-30+1*3) && (CounterX<=ScorePositionX-30+8*3) && (CounterY>=ScorePositionY+1*3) && (CounterY<=ScorePositionY+4*3)
||          (CounterX>=ScorePositionX-30+5*3) && (CounterX<=ScorePositionX-30+8*3) && (CounterY>=ScorePositionY+4*3) && (CounterY<=ScorePositionY+13*3);
end
8 : begin
ScoreBlackTen <= (CounterX>=ScorePositionX-30+0*3) && (CounterX<=ScorePositionX-30+9*3) && (CounterY>=ScorePositionY+0*3) && (CounterY<=ScorePositionY+1*3)
||          (CounterX>=ScorePositionX-30+0*3) && (CounterX<=ScorePositionX-30+1*3) && (CounterY>=ScorePositionY+1*3) && (CounterY<=ScorePositionY+13*3)
||          (CounterX>=ScorePositionX-30+8*3) && (CounterX<=ScorePositionX-30+9*3) && (CounterY>=ScorePositionY+1*3) && (CounterY<=ScorePositionY+13*3)
||          (CounterX>=ScorePositionX-30+4*3) && (CounterX<=ScorePositionX-30+5*3) && (CounterY>=ScorePositionY+4*3) && (CounterY<=ScorePositionY+5*3)
||          (CounterX>=ScorePositionX-30+4*3) && (CounterX<=ScorePositionX-30+5*3) && (CounterY>=ScorePositionY+9*3) && (CounterY<=ScorePositionY+10*3)
||	    (CounterX>=ScorePositionX-30+0*3) && (CounterX<=ScorePositionX-30+9*3) && (CounterY>=ScorePositionY+13*3) && (CounterY<=ScorePositionY+14*3);
ScoreWhiteTen <= (CounterX>=ScorePositionX-30+1*3) && (CounterX<=ScorePositionX-30+4*3) && (CounterY>=ScorePositionY+1*3) && (CounterY<=ScorePositionY+13*3)
||          (CounterX>=ScorePositionX-30+5*3) && (CounterX<=ScorePositionX-30+8*3) && (CounterY>=ScorePositionY+1*3) && (CounterY<=ScorePositionY+13*3)
||          (CounterX>=ScorePositionX-30+4*3) && (CounterX<=ScorePositionX-30+5*3) && (CounterY>=ScorePositionY+1*3) && (CounterY<=ScorePositionY+4*3)
||          (CounterX>=ScorePositionX-30+4*3) && (CounterX<=ScorePositionX-30+5*3) && (CounterY>=ScorePositionY+5*3) && (CounterY<=ScorePositionY+9*3)
||          (CounterX>=ScorePositionX-30+4*3) && (CounterX<=ScorePositionX-30+5*3) && (CounterY>=ScorePositionY+10*3) && (CounterY<=ScorePositionY+13*3);
end
9 : begin
ScoreBlackTen <= (CounterX>=ScorePositionX-30+0*3) && (CounterX<=ScorePositionX-30+9*3) && (CounterY>=ScorePositionY+0*3) && (CounterY<=ScorePositionY+1*3)
||          (CounterX>=ScorePositionX-30+0*3) && (CounterX<=ScorePositionX-30+1*3) && (CounterY>=ScorePositionY+1*3) && (CounterY<=ScorePositionY+13*3)
||          (CounterX>=ScorePositionX-30+8*3) && (CounterX<=ScorePositionX-30+9*3) && (CounterY>=ScorePositionY+1*3) && (CounterY<=ScorePositionY+13*3)
||          (CounterX>=ScorePositionX-30+4*3) && (CounterX<=ScorePositionX-30+5*3) && (CounterY>=ScorePositionY+4*3) && (CounterY<=ScorePositionY+5*3)
||          (CounterX>=ScorePositionX-30+1*3) && (CounterX<=ScorePositionX-30+5*3) && (CounterY>=ScorePositionY+9*3) && (CounterY<=ScorePositionY+10*3)
||	    (CounterX>=ScorePositionX-30+0*3) && (CounterX<=ScorePositionX-30+9*3) && (CounterY>=ScorePositionY+13*3) && (CounterY<=ScorePositionY+14*3);
ScoreWhiteTen <= (CounterX>=ScorePositionX-30+1*3) && (CounterX<=ScorePositionX-30+4*3) && (CounterY>=ScorePositionY+1*3) && (CounterY<=ScorePositionY+9*3)
||          (CounterX>=ScorePositionX-30+5*3) && (CounterX<=ScorePositionX-30+8*3) && (CounterY>=ScorePositionY+1*3) && (CounterY<=ScorePositionY+13*3)
||          (CounterX>=ScorePositionX-30+1*3) && (CounterX<=ScorePositionX-30+5*3) && (CounterY>=ScorePositionY+10*3) && (CounterY<=ScorePositionY+13*3)
||          (CounterX>=ScorePositionX-30+4*3) && (CounterX<=ScorePositionX-30+5*3) && (CounterY>=ScorePositionY+1*3) && (CounterY<=ScorePositionY+4*3)
||          (CounterX>=ScorePositionX-30+4*3) && (CounterX<=ScorePositionX-30+5*3) && (CounterY>=ScorePositionY+5*3) && (CounterY<=ScorePositionY+9*3);


end
default: begin
	ScoreBlackTen <= 0;
	ScoreWhiteTen <= 0;
end
endcase

R_Score_on <=   ScoreWhiteUnit | ScoreWhiteTen;
G_Score_on <=	ScoreWhiteUnit | ScoreWhiteTen;
B_Score_on <=	ScoreWhiteUnit | ScoreWhiteTen;

R_Score_off <=  ScoreBlackUnit | ScoreBlackTen;
G_Score_off <=  ScoreBlackUnit | ScoreBlackTen;
B_Score_off <=  ScoreBlackUnit | ScoreBlackTen;

end
endmodule